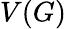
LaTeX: V(G)